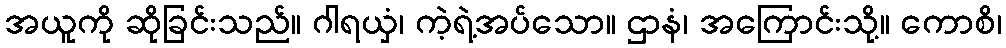
အယူကို ဆိုခြင်းသည်။ ဂါရယှံ၊ ကဲ့ရဲ့အပ်သော။ ဌာနံ၊ အကြောင်းသို့။ ကောစိ၊